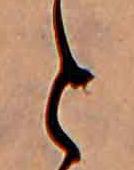
と